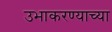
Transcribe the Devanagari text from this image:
उभाकरण्याच्या